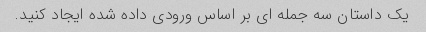
یک داستان سه جمله ای بر اساس ورودی داده شده ایجاد کنید.